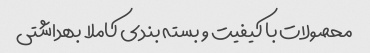
محصولات با کیفیت و بسته بندی کاملا بهداشتی